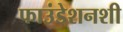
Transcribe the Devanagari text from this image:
फाउंडेशनशी